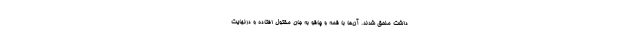
داشت ملحق شدند. آن‌ها با قمه و چاقو به جان مقتول افتاده و درنهایت